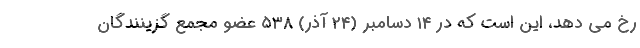
رخ می دهد، این است که در ۱۴ دسامبر (۲۴ آذر) ۵۳۸ عضو مجمع گزینندگان